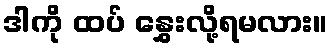
ဒါကို ထပ် နွှေးလို့ရမလား။